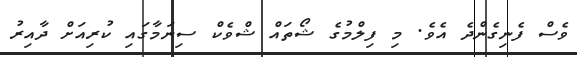
ވެސް ފެނިގެންދެ އެވެ. މި ފިލްމުގެ ޝޯތައް ޝްވެކް ސިނަމާގައި ކުރިއަށް ދާއިރު